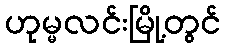
ဟုမ္မလင်းမြို့တွင်